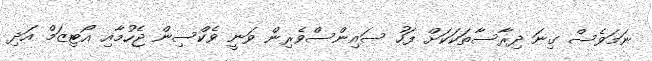
ނަމަވެސް ގިނަ ދިރާސާތަކަކަށް ފަހު ސައިންސްވެރިން ވަނީ ވެކްސިން ޖެހުމާއި އޯޓިޒަމް އަދި